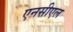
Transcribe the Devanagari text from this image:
एनसीएल